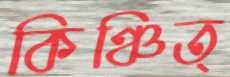
কিঞ্চিত্